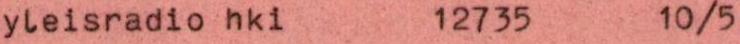
yleisradio hki 12735 10/5